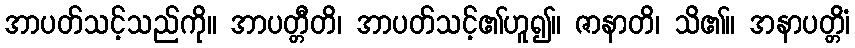
အာပတ်သင့်သည်ကို။ အာပတ္တီတိ၊ အာပတ်သင့်၏ဟူ၍။ ဇာနာတိ၊ သိ၏။ အနာပတ္တိံ၊